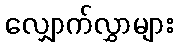
လျှောက်လွှာများ